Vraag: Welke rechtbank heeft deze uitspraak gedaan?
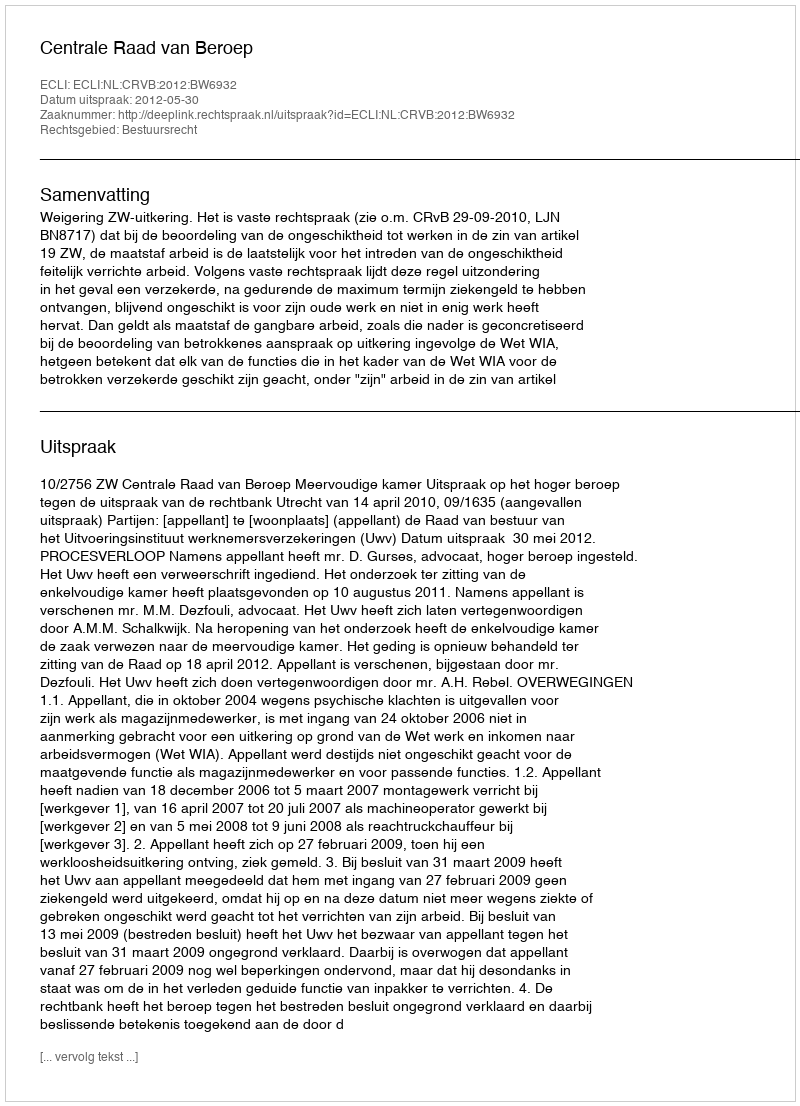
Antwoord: Centrale Raad van Beroep